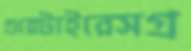
গুয়েটাইরেসগ্র